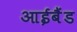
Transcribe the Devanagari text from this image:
आईबैंड